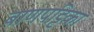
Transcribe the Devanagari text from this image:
बाणपट्टिका